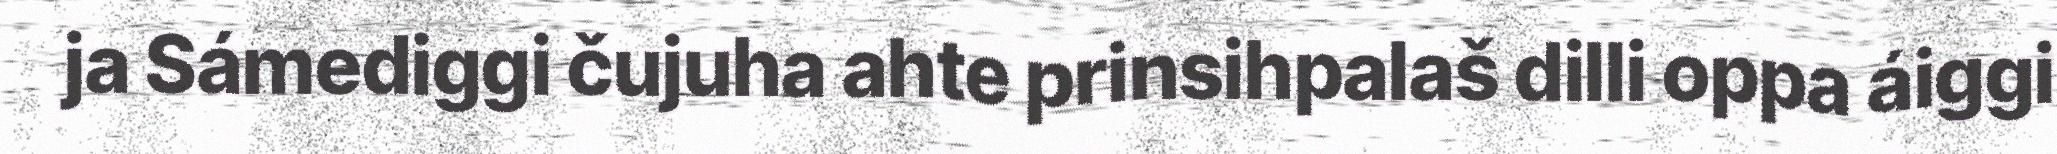
ja Sámediggi čujuha ahte prinsihpalaš dilli oppa áiggi